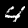
Digit: 4